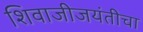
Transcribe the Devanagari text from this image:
शिवाजीजयंतीचा